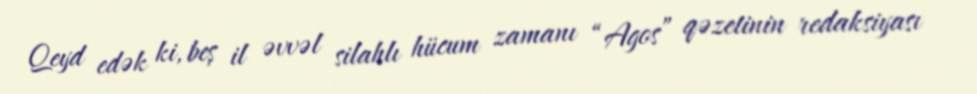
Qeyd edək ki, beş il əvvəl silahlı hücum zamanı “Agos” qəzetinin redaksiyası